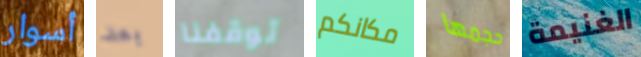
أسوار بعد توقفنا مكانكم حجمها الغنيمة